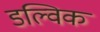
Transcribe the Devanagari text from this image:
डल्विक